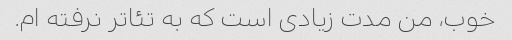
خوب، من مدت زیادی است که به تئاتر نرفته ام.